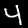
Digit: 4